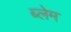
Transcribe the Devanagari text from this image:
ब्लेम